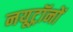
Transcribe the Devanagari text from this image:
नयूट्रॉनों